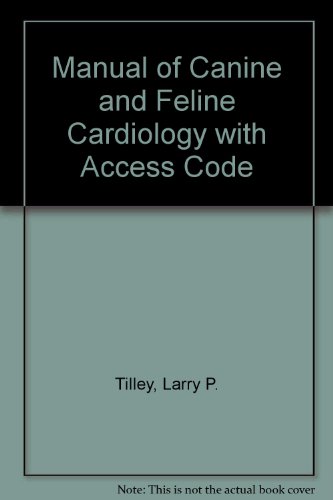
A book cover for Manual of Canine and Feline Cardiology: With VETERINARY CONSULT Access, 4e; Larry P. Tilley DVM  DACVIM(Internal Medicine); Medical Books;